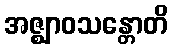
အဇ္ဈာဝသန္တောတိ